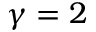
\gamma = 2